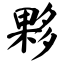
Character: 夥